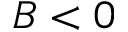
B < 0